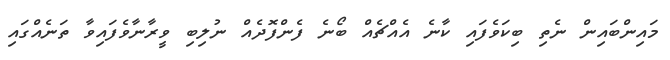
މައިންބައިން ނެތި ބިކަވެފައި ކާނެ އެއްޗެއް ބޯނެ ފެންފޮދެއް ނުލިބި ވީރާނާވެފައިވާ ތަނެއްގައި